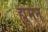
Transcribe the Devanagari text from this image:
ह्मूमन